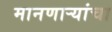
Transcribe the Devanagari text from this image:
मानणार्‍यांचा